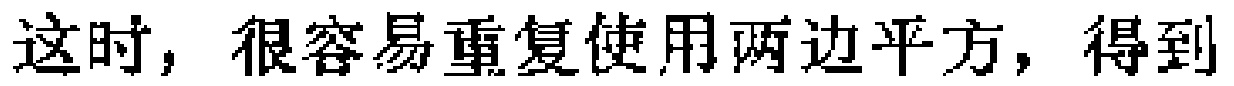
这时，很容易重复使用两边平方，得到